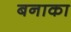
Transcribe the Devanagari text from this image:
बनाका